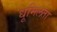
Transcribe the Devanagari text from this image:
धूमिलता